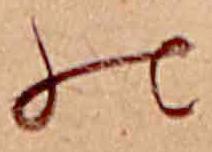
の